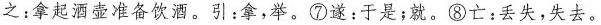
之：拿起酒壶准备饮酒。引：拿，举。⑦遂：于是；就。⑧亡：丢失，失去。